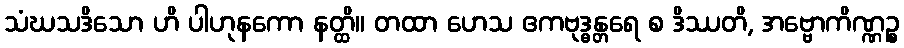
သံဃသဒိသော ဟိ ပါဟုနကော နတ္ထိ။ တထာ ဟေသ ဧကဗုဒ္ဓန္တရေ စ ဒိဿတိ, အဗ္ဗောကိဏ္ဏဉ္စ